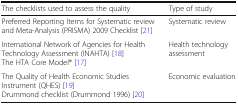
| The checklists used to assess the quality | Type of study |
 | --- | --- |
 | Preferred Reporting Items for Systematic review and Meta-Analysis (PRISMA) 2009 Checklist [21] | Systematic review |
 | International Network of Agencies for Health Technology Assessment (INAHTA) [18]The HTA Core Model® [17] | Health technology assessment |
 | The Quality of Health Economic Studies Instrument (QHES) [19]Drummond checklist (Drummond 1996) [20] | Economic evaluation |